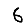
Digit: 6